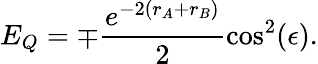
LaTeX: E_{Q}=\mp\frac{e^{-2(r_{A}+r_{B})}}{2}\cos^{2}(\epsilon).